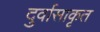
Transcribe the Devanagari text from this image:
दुर्वासाकृत